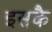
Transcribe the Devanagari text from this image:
इसकै